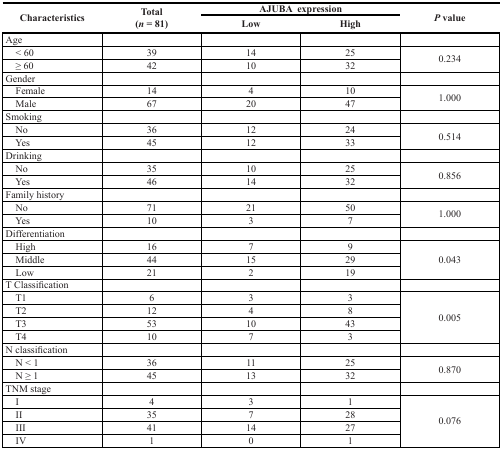
<table><thead><tr><td rowspan="2"><b>Characteristics</b></td><td rowspan="2"><b>Total (<i>n</i> = 81)</b></td><td colspan="2"><b>AJUBA expression</b></td><td rowspan="2"><b><i>P</i> value</b></td></tr><tr><td><b>Low</b></td><td><b>High</b></td></tr></thead><tbody><tr><td>Age</td><td></td><td></td><td></td><td></td></tr><tr><td> &lt; 60</td><td>39</td><td>14</td><td>25</td><td rowspan="2">0.234</td></tr><tr><td> ≥ 60</td><td>42</td><td>10</td><td>32</td></tr><tr><td>Gender</td><td></td><td></td><td></td><td></td></tr><tr><td> Female</td><td>14</td><td>4</td><td>10</td><td rowspan="2">1.000</td></tr><tr><td> Male</td><td>67</td><td>20</td><td>47</td></tr><tr><td>Smoking</td><td></td><td></td><td></td><td></td></tr><tr><td> No</td><td>36</td><td>12</td><td>24</td><td rowspan="2">0.514</td></tr><tr><td> Yes</td><td>45</td><td>12</td><td>33</td></tr><tr><td>Drinking</td><td></td><td></td><td></td><td></td></tr><tr><td> No</td><td>35</td><td>10</td><td>25</td><td rowspan="2">0.856</td></tr><tr><td> Yes</td><td>46</td><td>14</td><td>32</td></tr><tr><td>Family history</td><td></td><td></td><td></td><td></td></tr><tr><td> No</td><td>71</td><td>21</td><td>50</td><td rowspan="2">1.000</td></tr><tr><td> Yes</td><td>10</td><td>3</td><td>7</td></tr><tr><td>Differentiation</td><td></td><td></td><td></td><td></td></tr><tr><td> High</td><td>16</td><td>7</td><td>9</td><td rowspan="3">0.043</td></tr><tr><td> Middle</td><td>44</td><td>15</td><td>29</td></tr><tr><td> Low</td><td>21</td><td>2</td><td>19</td></tr><tr><td>T Classification</td><td></td><td></td><td></td><td></td></tr><tr><td> T1</td><td>6</td><td>3</td><td>3</td><td rowspan="4">0.005</td></tr><tr><td> T2</td><td>12</td><td>4</td><td>8</td></tr><tr><td> T3</td><td>53</td><td>10</td><td>43</td></tr><tr><td> T4</td><td>10</td><td>7</td><td>3</td></tr><tr><td>N classification</td><td></td><td></td><td></td><td></td></tr><tr><td> N &lt; 1</td><td>36</td><td>11</td><td>25</td><td rowspan="2">0.870</td></tr><tr><td> N ≥ 1</td><td>45</td><td>13</td><td>32</td></tr><tr><td>TNM stage</td><td></td><td></td><td></td><td></td></tr><tr><td> I</td><td>4</td><td>3</td><td>1</td><td rowspan="4">0.076</td></tr><tr><td> II</td><td>35</td><td>7</td><td>28</td></tr><tr><td> III</td><td>41</td><td>14</td><td>27</td></tr><tr><td> IV</td><td>1</td><td>0</td><td>1</td></tr></tbody></table>